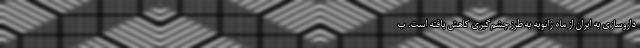
داروسازی به ایران از ماه ژانویه به طرز چشم‌گیری کاهش یافته است. ب